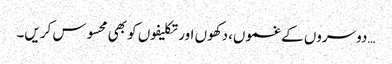
…دوسروں کے غموں،دکھوں اور تکلیفوں کو بھی محسوس کریں۔